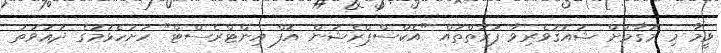
ވީމާ މި މަޤާމަށް ޝައުޤުވެރިވާ ފަރާތްތައް "އެކްސްޕްރެޝަން އޮފް އިންޓްރެސްޓް" ހުށަހެޅުމުގެ ދަޢުވަތު